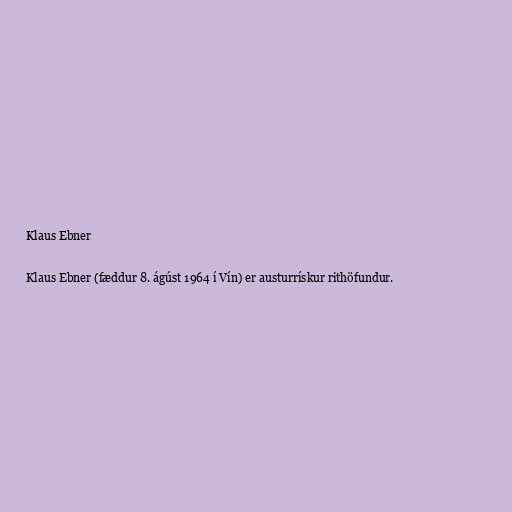
Klaus Ebner

Klaus Ebner (fæddur 8. ágúst 1964 í Vín) er austurrískur rithöfundur.